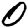
Digit: 0